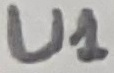
Text: U1